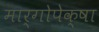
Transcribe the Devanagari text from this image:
मार्गोपेक्षा